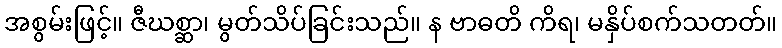
အစွမ်းဖြင့်။ ဇီဃစ္ဆာ၊ မွတ်သိပ်ခြင်းသည်။ န ဗာဓတိ ကိရ၊ မနှိပ်စက်သတတ်။